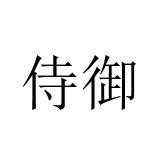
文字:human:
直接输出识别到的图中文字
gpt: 侍御